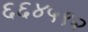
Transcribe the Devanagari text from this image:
६६४५९२